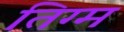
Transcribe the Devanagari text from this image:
तिग्म